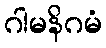
ဂါမနိဂမံ